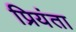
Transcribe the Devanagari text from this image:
प्रियंता